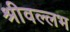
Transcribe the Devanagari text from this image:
श्रीवल्‍लभ